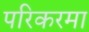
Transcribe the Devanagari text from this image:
परिकरमा